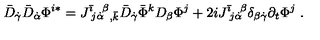
\bar { D } _ { \dot { \gamma } } \bar { D } _ { \dot { \alpha } } \Phi ^ { i * } = J ^ { \bar { \imath } } \! _ { j \dot { \alpha } } \! ^ { \beta } { } _ { , \bar { k } } \bar { D } _ { \dot { \gamma } } \bar { \Phi } ^ { k } D _ { \beta } \Phi ^ { j } + 2 i J ^ { \bar { \imath } } \! _ { j \dot { \alpha } } \! ^ { \beta } \delta _ { \beta \dot { \gamma } } \partial _ { t } \Phi ^ { j } \ .